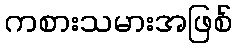
ကစားသမားအဖြစ်